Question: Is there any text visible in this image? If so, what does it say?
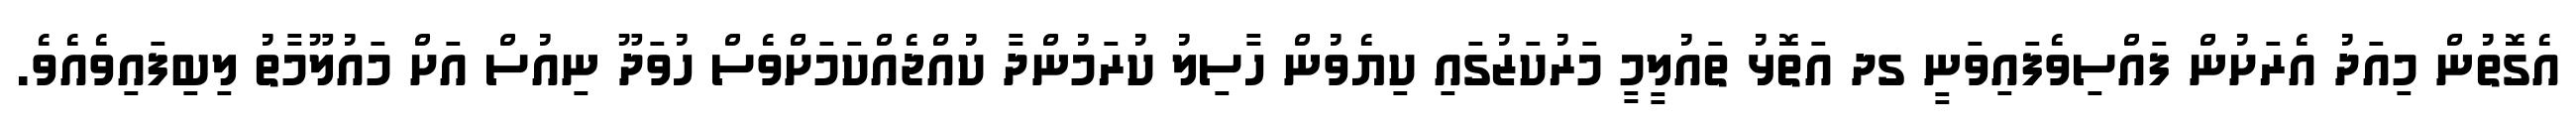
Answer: އެގޮތުން މިއަދު އެރަށުން ފައްސިވެފައިވަނީ ގދ އަތޮޅު ތައުލީމީ މަރުކަޒުގައި ކިޔެވުން ހާސިލު ކުރަމުންދާ ކުއްޖެއްކަމަށްވެސް ހުވަދޫ ނިއުސް އަށް މައުލޫމާތު ލިބިފައިވެއެވެ.